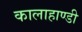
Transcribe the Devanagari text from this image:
कालाहाण्डी